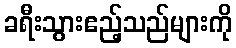
ခရီးသွားဧည့်သည်များကို